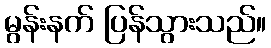
မွန်းနက် ပြန်သွားသည်။